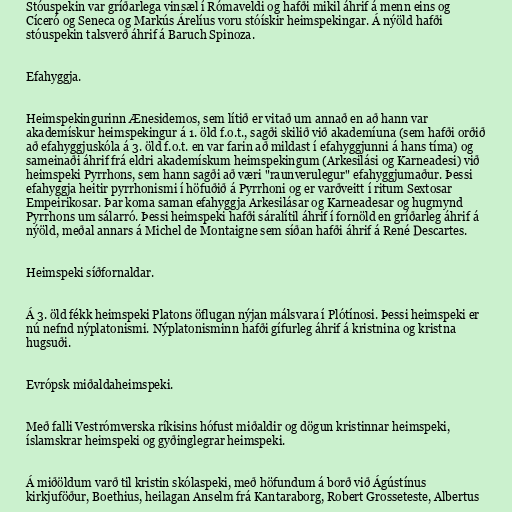
Stóuspekin var gríðarlega vinsæl í Rómaveldi og hafði mikil áhrif á menn eins og
Cíceró og Seneca og Markús Árelíus voru stóískir heimspekingar. Á nýöld hafði
stóuspekin talsverð áhrif á Baruch Spinoza.

Efahyggja.

Heimspekingurinn Ænesidemos, sem lítið er vitað um annað en að hann var
akademískur heimspekingur á 1. öld f.o.t., sagði skilið við akademíuna (sem hafði orðið
að efahyggjuskóla á 3. öld f.o.t. en var farin að mildast í efahyggjunni á hans tíma) og
sameinaði áhrif frá eldri akademískum heimspekingum (Arkesilási og Karneadesi) við
heimspeki Pyrrhons, sem hann sagði að væri "raunverulegur" efahyggjumaður. Þessi
efahyggja heitir pyrrhonismi í höfuðið á Pyrrhoni og er varðveitt í ritum Sextosar
Empeirikosar. Þar koma saman efahyggja Arkesilásar og Karneadesar og hugmynd
Pyrrhons um sálarró. Þessi heimspeki hafði sáralítil áhrif í fornöld en gríðarleg áhrif á
nýöld, meðal annars á Michel de Montaigne sem síðan hafði áhrif á René Descartes.

Heimspeki síðfornaldar.

Á 3. öld fékk heimspeki Platons öflugan nýjan málsvara í Plótínosi. Þessi heimspeki er
nú nefnd nýplatonismi. Nýplatonisminn hafði gífurleg áhrif á kristnina og kristna
hugsuði.

Evrópsk miðaldaheimspeki.

Með falli Vestrómverska ríkisins hófust miðaldir og dögun kristinnar heimspeki,
íslamskrar heimspeki og gyðinglegrar heimspeki.

Á miðöldum varð til kristin skólaspeki, með höfundum á borð við Ágústínus
kirkjuföður, Boethius, heilagan Anselm frá Kantaraborg, Robert Grosseteste, Albertus